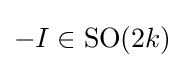
-I\in \operatorname {SO} (2k)